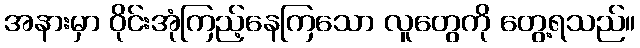
အနားမှာ ဝိုင်းအုံကြည့်နေကြသော လူတွေကို တွေ့ရသည်။